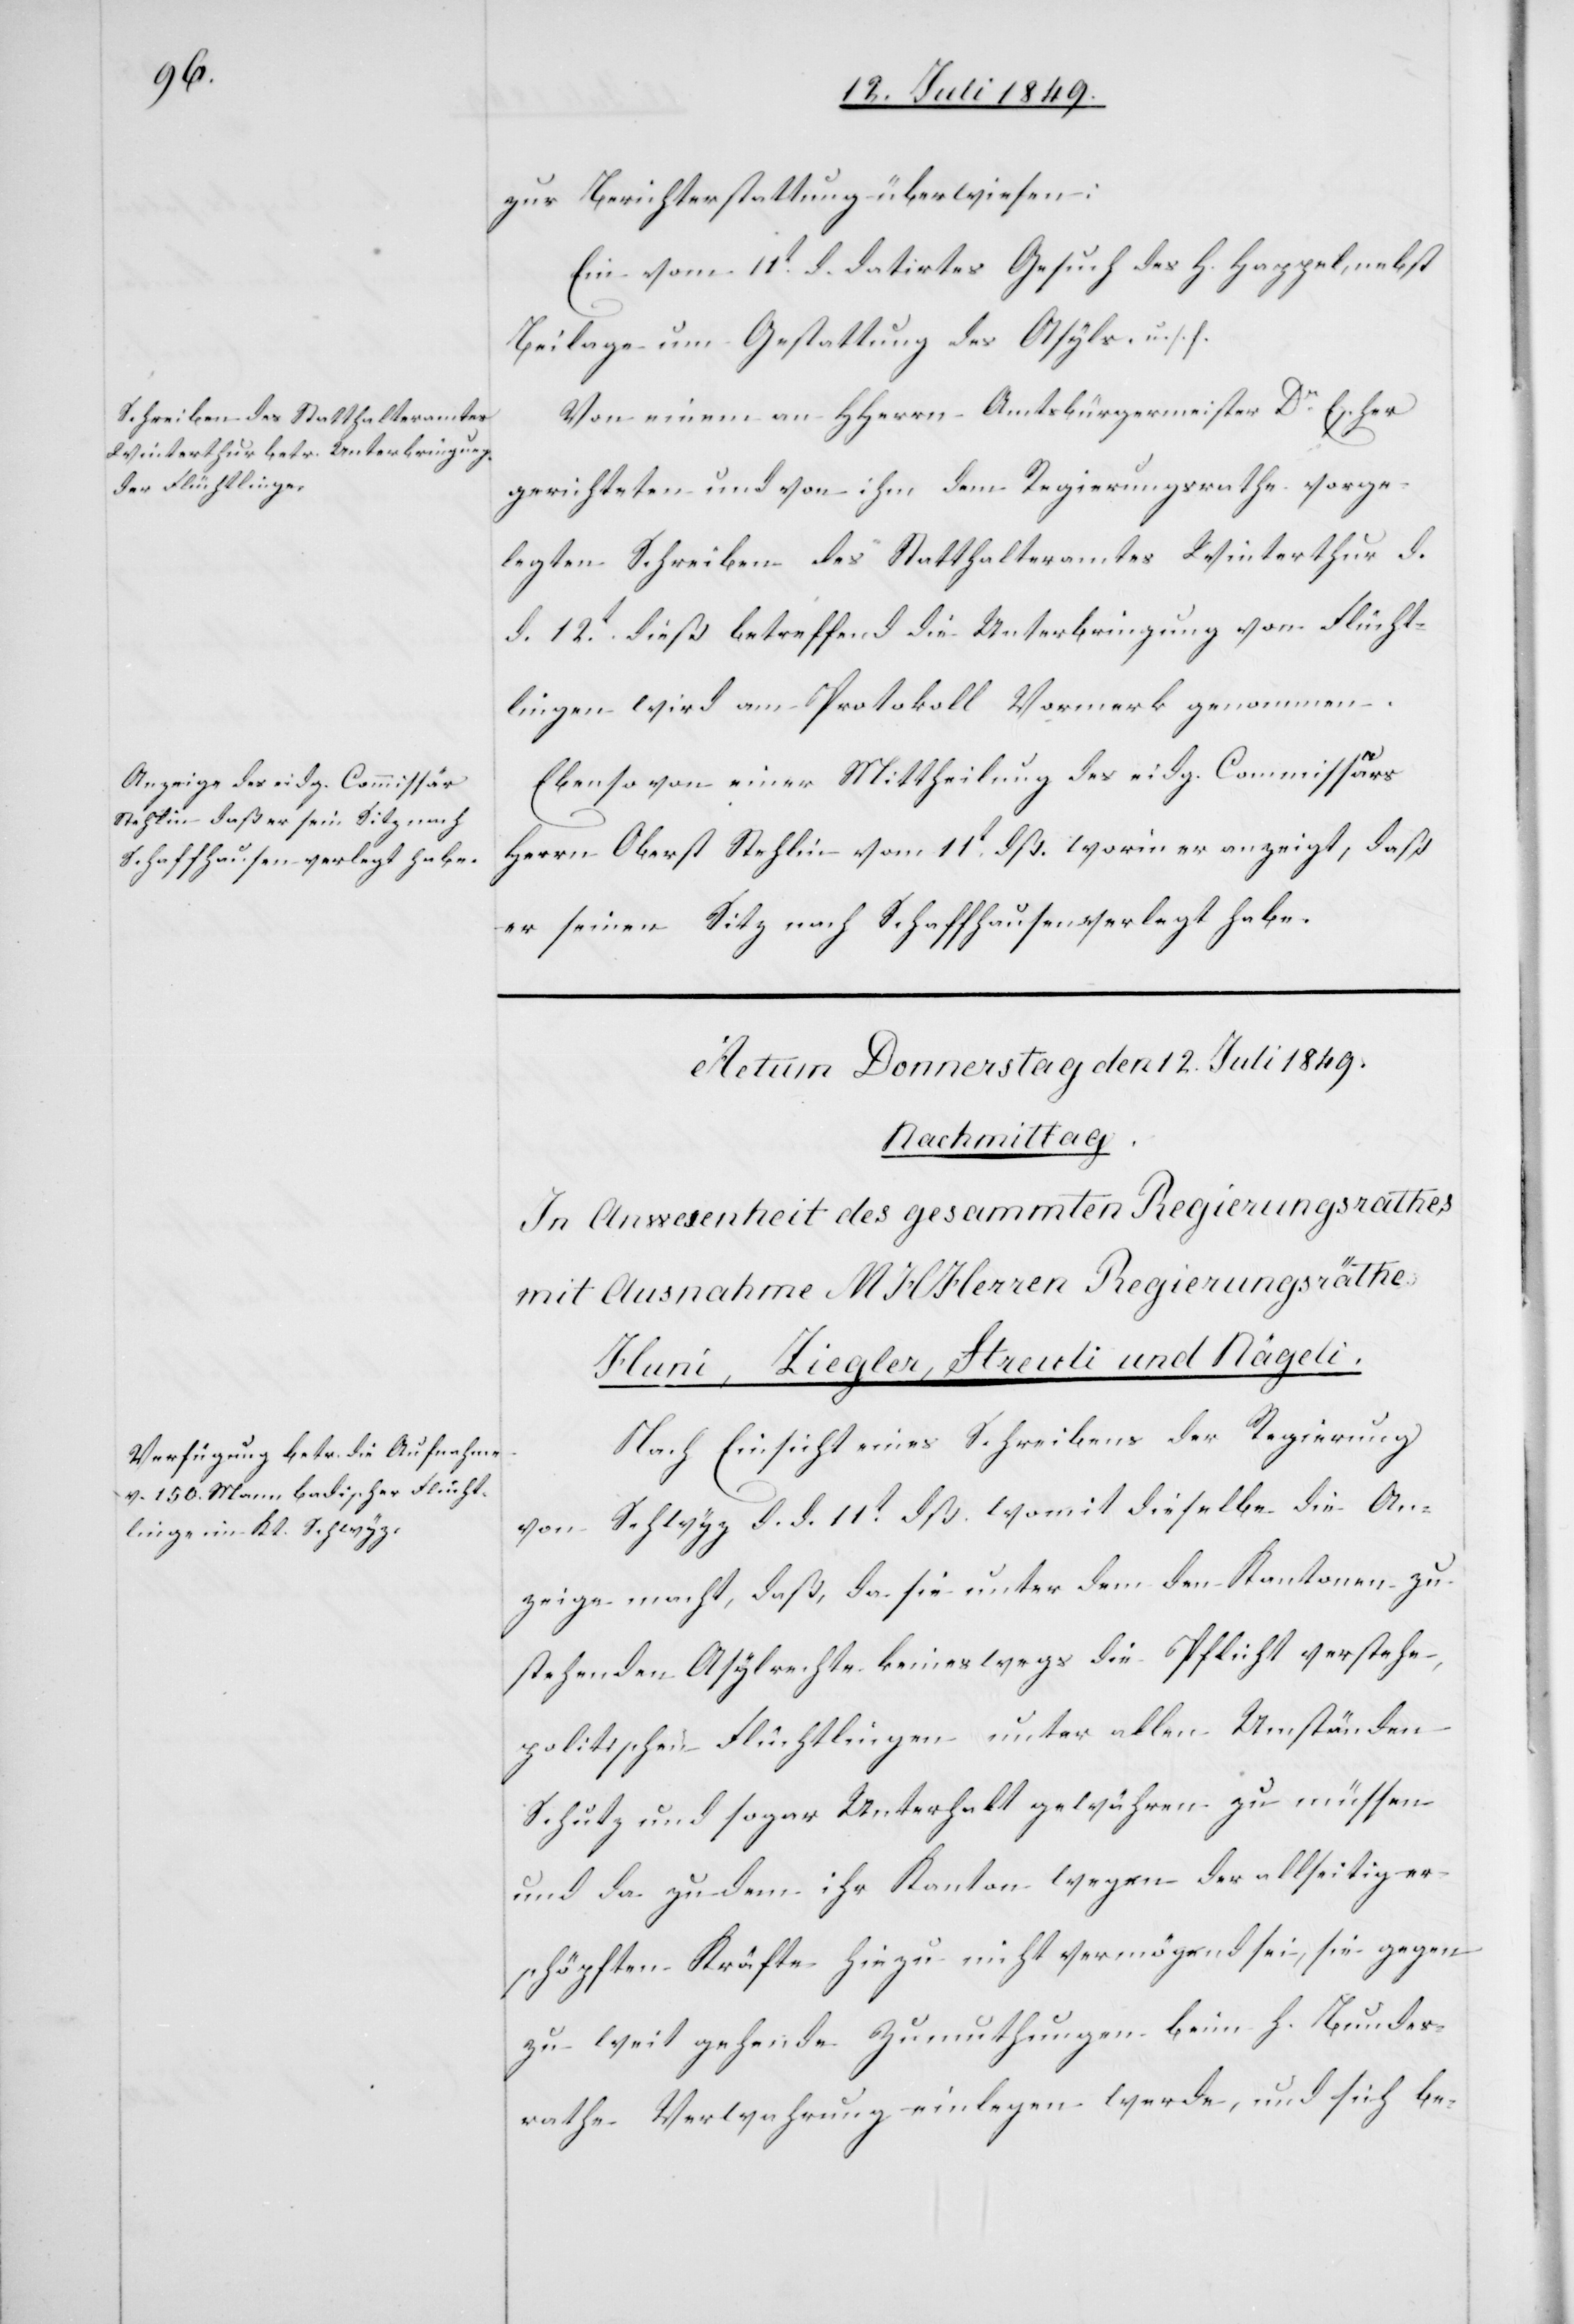
zur Berichterstattung überwiesen:
Ein vom 11t d. datirtes Gesuch des H. Happel, nebst
Beilage um Gestattung des Asyls. u.
Von einem an HHerrn Amtsbürgermeister Dr Escher
gerichteten und von ihm dem Regierungsrathe vorge¬
legten Schreiben des Statthalteramtes Winterthur d.
d. 12t dieß betreffend die Unterbringung von Flücht¬
lingen wird am Protokoll Vormerk genommen.
Ebenso von einer Mittheilung des eidg. Commissärs
Herrn Oberst Stehlin vom 11t dß. worin er anzeigt, daß
er seinen Sitz nach Schaffhausen verlegt habe.
Nach Einsicht eines Schreibens der Regierung
von Schwyz d. d. 11t dß. womit dieselbe die An¬
zeige macht, daß, da sie unter dem den Kantonen zu¬
stehenden Asylrechte keineswegs die Pflicht verstehe,
politischen Flüchtlingen unter allen Umständen
Schutz und sogar Unterhalt gewähren zu müssen
und da zu dem ihr Kanton wegen der allseitig er¬
schöpften Kräfte hiezu nicht vermögend sei, sie gegen
zu weit gehende Zumuthungen beim h. Bundes¬
rathe Verwahrung einlegen werde, und sich be-